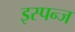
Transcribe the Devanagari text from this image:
इस्पन्ज